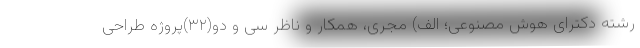
رشته دکترای هوش مصنوعی؛ الف) مجری، همکار و ناظر سی و دو(۳۲)پروژه طراحی